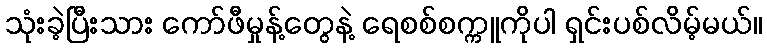
သုံးခဲ့ပြီးသား ကော်ဖီမှုန့်တွေနဲ့ ရေစစ်စက္ကူကိုပါ ရှင်းပစ်လိမ့်မယ်။